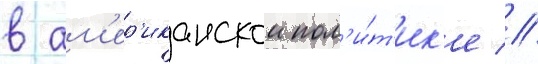
в ам'ер'иканскои пол'и́т'ик'е //